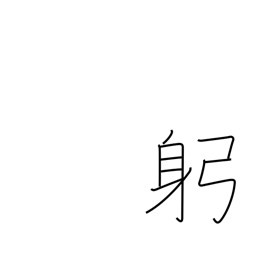
Meaning: body